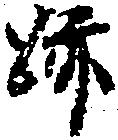
跡